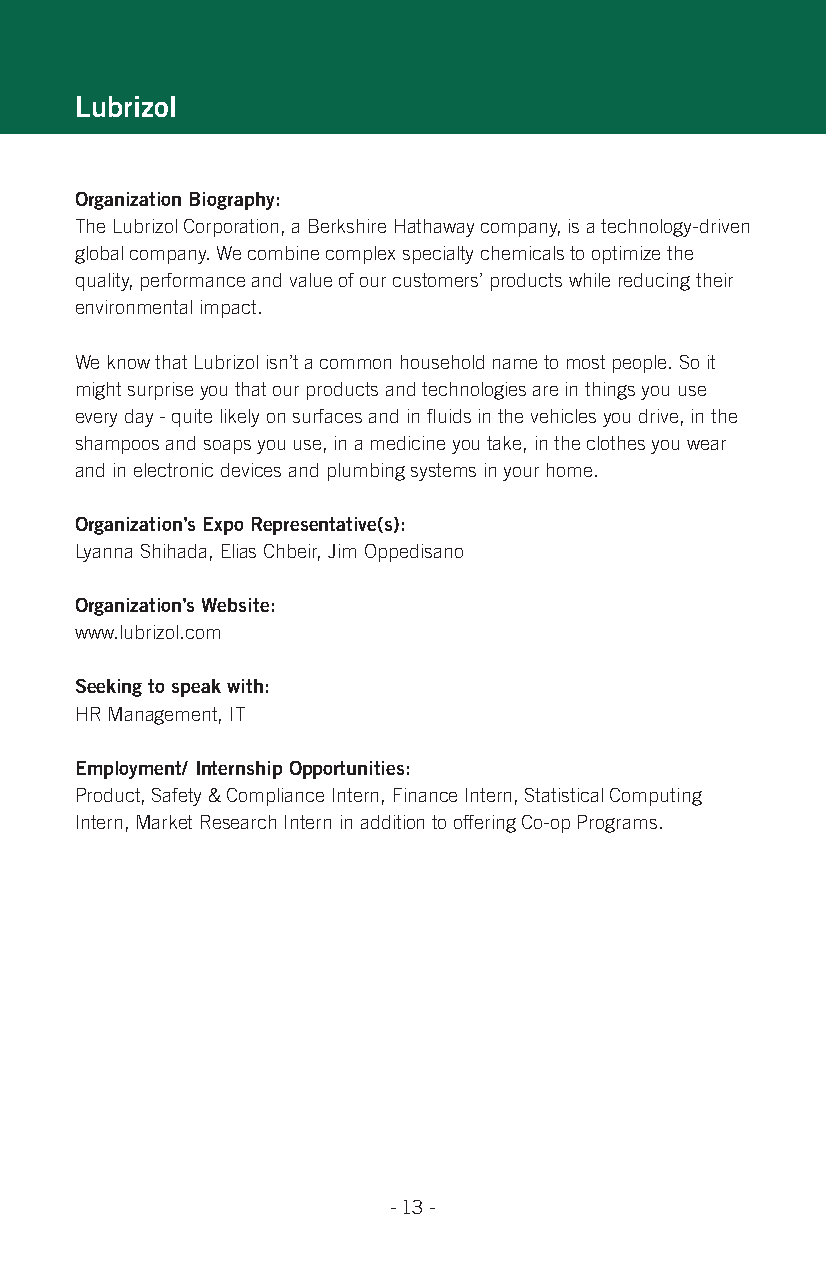
Lubrizol
 organization Biography:
 The Lubrizol Corporation, a Berkshire Hathaway company, is a technology-driven
 global company. We combine complex specialty chemicals to optimize the
 quality, performance and value of our customers’ products while reducing their
 environmental impact.
 We know that Lubrizol isn’t a common household name to most people. So it
 might surprise you that our products and technologies are in things you use
 every day - quite likely on surfaces and in fluids in the vehicles you drive, in the
 shampoos and soaps you use, in a medicine you take, in the clothes you wear
 and in electronic devices and plumbing systems in your home.
 organization’s expo representative(s):
 Lyanna Shihada, Elias Chbeir, Jim Oppedisano
 organization’s Website:
 www.lubrizol.com
 seeking to speak with:
 HR Management, IT
 employment/ internship opportunities:
 Product, Safety & Compliance Intern, Finance Intern, Statistical Computing
 Intern, Market Research Intern in addition to offering Co-op Programs.
 - 13 -